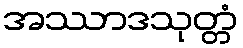
အဿာဒသုတ္တံ